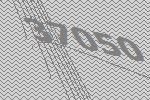
37050